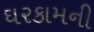
ઘરકામની